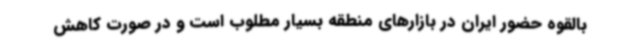
بالقوه حضور ایران در بازارهای منطقه بسیار مطلوب است و در صورت کاهش